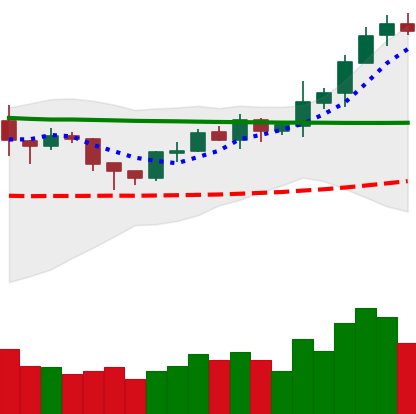
Ticker: XRP-USD
Chart end date: 2020-02-07
Forward return: 8.991%
Label: up_7plus